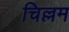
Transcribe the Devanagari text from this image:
चिल्लम